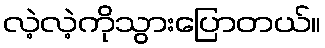
လဲ့လဲ့ကိုသွားပြောတယ်။